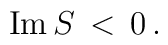
\mbox{Im} \, S \, < \, 0\,.